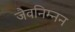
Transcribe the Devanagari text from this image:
जैवनिम्‍नन